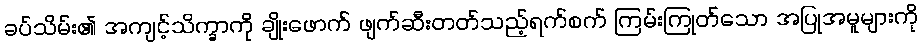
ခပ်သိမ်း၏ အကျင့်သိက္ခာကို ချိုးဖောက် ဖျက်ဆီးတတ်သည့်ရက်စက် ကြမ်းကြုတ်သော အပြုအမူများကို